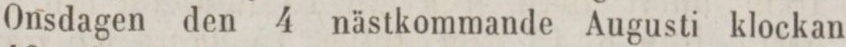
Onsdagen den 4 nästkommande Augusti klockan